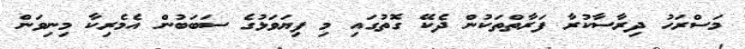
މަސްރަހު ދިރާސާކުރާ ފަރާތްތަކުން ދެކޭ ގޮތުގައި މި ފިޔަވަޅުގެ ސަބަބުން އެމެރިކާ މިނިވަން